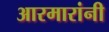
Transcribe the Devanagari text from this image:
आरमारांनी